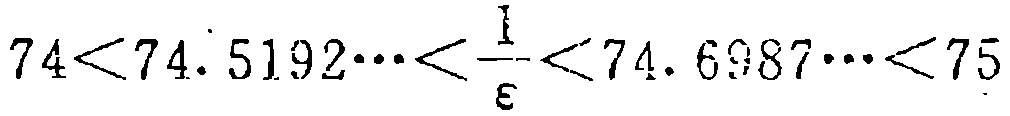
$74<74.\dot{5}192\cdots<\frac{1}{\varepsilon}<74.6987\cdots<75$